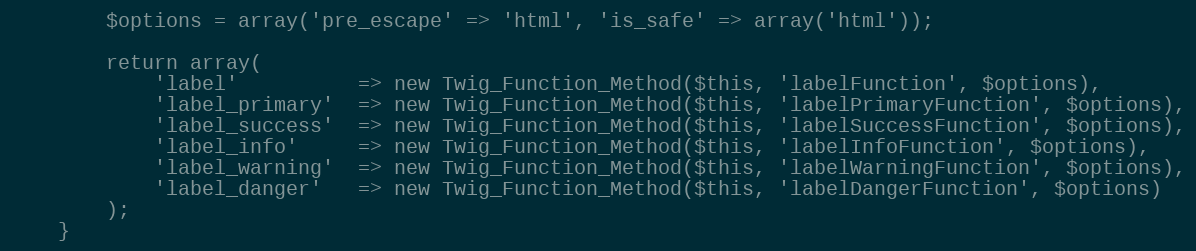
Language: PHP
        $options = array('pre_escape' => 'html', 'is_safe' => array('html'));

        return array(
            'label'          => new Twig_Function_Method($this, 'labelFunction', $options),
            'label_primary'  => new Twig_Function_Method($this, 'labelPrimaryFunction', $options),
            'label_success'  => new Twig_Function_Method($this, 'labelSuccessFunction', $options),
            'label_info'     => new Twig_Function_Method($this, 'labelInfoFunction', $options),
            'label_warning'  => new Twig_Function_Method($this, 'labelWarningFunction', $options),
            'label_danger'   => new Twig_Function_Method($this, 'labelDangerFunction', $options)
        );
    }